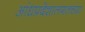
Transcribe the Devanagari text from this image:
आंध्रप्रदेशालगतच्या